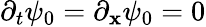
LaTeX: \partial_{t}\psi_{0}=\partial_{\mathbf{x}}\psi_{0}=0